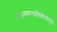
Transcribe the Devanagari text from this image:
महानगरपालिकेपासून